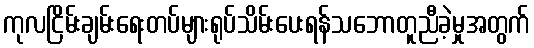
ကုလငြိမ်းချမ်းရေးတပ်များရုပ်သိမ်းပေးရန်သဘောတူညီခဲ့မှုအတွက်